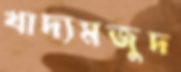
খাদ্যমজুদ